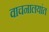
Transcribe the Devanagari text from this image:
वाचनालयांत